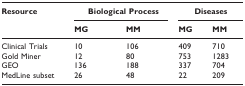
<table><thead><tr><td><b>Resource</b></td><td colspan="2"><b>Biological Process</b></td><td colspan="2"><b>Diseases</b></td></tr><tr><td></td><td><b>MG</b></td><td><b>MM</b></td><td><b>MG</b></td><td><b>MM</b></td></tr></thead><tbody><tr><td>Clinical Trials</td><td>10</td><td>106</td><td>409</td><td>710</td></tr><tr><td>Gold Miner</td><td>12</td><td>80</td><td>753</td><td>1283</td></tr><tr><td>GEO</td><td>136</td><td>188</td><td>337</td><td>704</td></tr><tr><td>MedLine subset</td><td>26</td><td>48</td><td>22</td><td>209</td></tr></tbody></table>